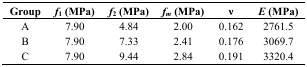
<table><thead><tr><td><b>Group</b></td><td><b><i>f</i><sub>1</sub> (MPa)</b></td><td><b><i>f</i><sub>2</sub> (MPa)</b></td><td><b><i>f<sub>m</sub></i> (MPa)</b></td><td><b>ν</b></td><td><b><i>E</i> (MPa)</b></td></tr></thead><tbody><tr><td>A</td><td>7.90</td><td>4.84</td><td>2.00</td><td>0.162</td><td>2761.5</td></tr><tr><td>B</td><td>7.90</td><td>7.33</td><td>2.41</td><td>0.176</td><td>3069.7</td></tr><tr><td>C</td><td>7.90</td><td>9.44</td><td>2.84</td><td>0.191</td><td>3320.4</td></tr></tbody></table>